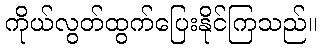
ကိုယ်လွတ်ထွက်ပြေးနိုင်ကြသည်။